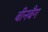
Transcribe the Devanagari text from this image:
बीनबैग